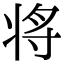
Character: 将